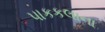
પાકકલાના